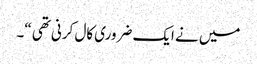
میں نے ایک ضروری کال کرنی تھی “۔